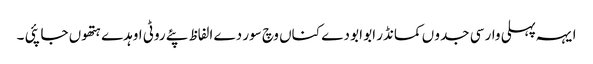
ایہہ پہلی وار سی جدو ں کمانڈر ابو ابو دے کناں وچ سور دے الفاظ پئے روٹی اوہدے ہتھوں جا پئی ۔